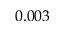
0 . 0 0 3